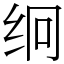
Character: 䌹